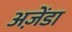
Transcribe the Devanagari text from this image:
अज़ेंडा